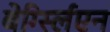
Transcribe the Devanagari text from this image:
बेर्ग्स्लिएन